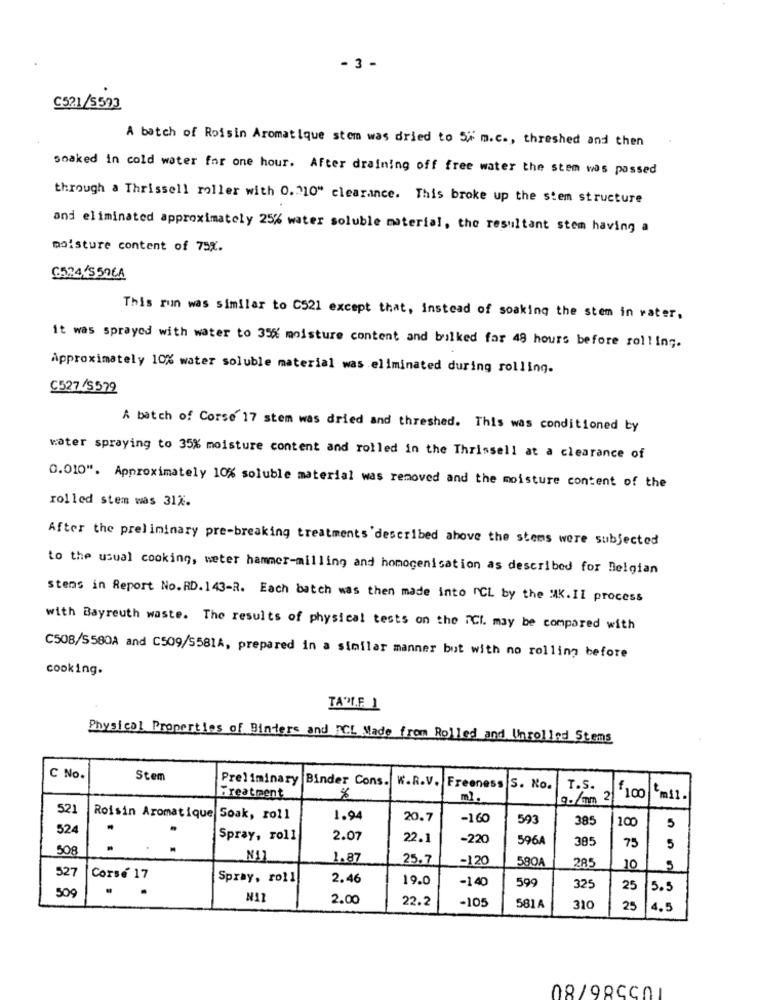
- 3 -
C521/5593
A batch of Roisin Aromatique stem was dried to Si m.c ., threshed and then
soaked in cold water for one hour. After draining off free water the stem was passed
through a Thrissell roller with 0.210" clearance. This broke up the stem structure
and eliminated approximately 25% water soluble material, the resultant stem having a
moisture content of 75%.
6524/550CA
This run was similar to C521 except that, instead of soaking the stem in rater,
it was sprayed with water to 35% moisture content and bulked for 48 hours before rolling.
Approximately 10% water soluble material was eliminated during rolling.
C527/S572
A batch of Corse 17 stem was dried and threshed. This was conditioned by
water spraying to 35% moisture content and rolled in the Thrissell at a clearance of
0.010". Approximately 10% soluble material was removed and the moisture content of the
rolled stem was 312.
After the preliminary pre-breaking treatments described above the stems were subjected
to the usual cooking, weter hammer-milling and homogenisation as described for Belgian
stens in Report No.RD. 143-R. Each batch was then made into ICL by the :AK.II process
with Bayreuth waste. The results of physical tests on the iCl. may be compared with
C508/S580A and C509/S581A, prepared in a similar manner but with no rolling before
cooking.
TALE 1
Physical Properties of Dinters and hCL Made from Rolled and Unrolled Stems
C No.
Stem
Preliminary Binder Cons. K.R.V. Freeness
S. No.
T.S.
Treatment
m1.
€ 100
tm11.
52)
Roisin Aromatique Soak, roll
1.94
20.7
-160
593
385
100
5
524
Spray, roll
2.07
22.1
-220
596A
385
75
508
5
1.87
25.7
-120
580A
285
10
5
527
Corsé 17
Spray, roll
2.46
19.0
-140
599
325
25
5.5
50
N11
2.00
22.2
-105
581A
310
25
4.5
08/98CC01